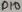
Text: D10